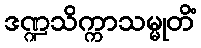
ဒဏ္ဍသိက္ကာသမ္မုတိံ